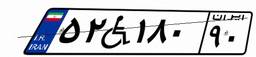
۵۲W۱۸۰۹۰